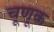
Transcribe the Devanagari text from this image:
चूणूक